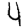
Digit: 4